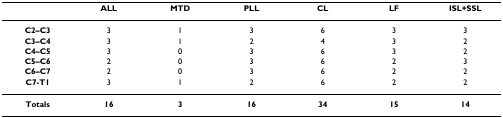
<table><thead><tr><td></td><td><b>ALL</b></td><td><b>MTD</b></td><td><b>PLL</b></td><td><b>CL</b></td><td><b>LF</b></td><td><b>ISL+SSL</b></td></tr></thead><tbody><tr><td><b>C2–C3</b></td><td>3</td><td>1</td><td>3</td><td>6</td><td>3</td><td>3</td></tr><tr><td><b>C3–C4</b></td><td>3</td><td>1</td><td>2</td><td>4</td><td>3</td><td>2</td></tr><tr><td><b>C4–C5</b></td><td>3</td><td>0</td><td>3</td><td>6</td><td>3</td><td>2</td></tr><tr><td><b>C5–C6</b></td><td>2</td><td>0</td><td>3</td><td>6</td><td>2</td><td>3</td></tr><tr><td><b>C6–C7</b></td><td>2</td><td>0</td><td>3</td><td>6</td><td>2</td><td>2</td></tr><tr><td><b>C7-T1</b></td><td>3</td><td>1</td><td>2</td><td>6</td><td>2</td><td>2</td></tr><tr><td><b>Totals</b></td><td><b>16</b></td><td><b>3</b></td><td><b>16</b></td><td><b>34</b></td><td><b>15</b></td><td><b>14</b></td></tr></tbody></table>